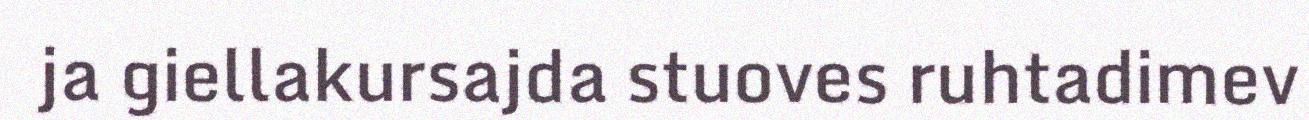
ja giellakursajda stuoves ruhtadimev